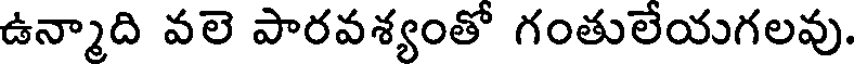
ఉన్మాది వలె పారవశ్యంతో గంతులేయగలవు.